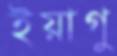
ইয়াগু